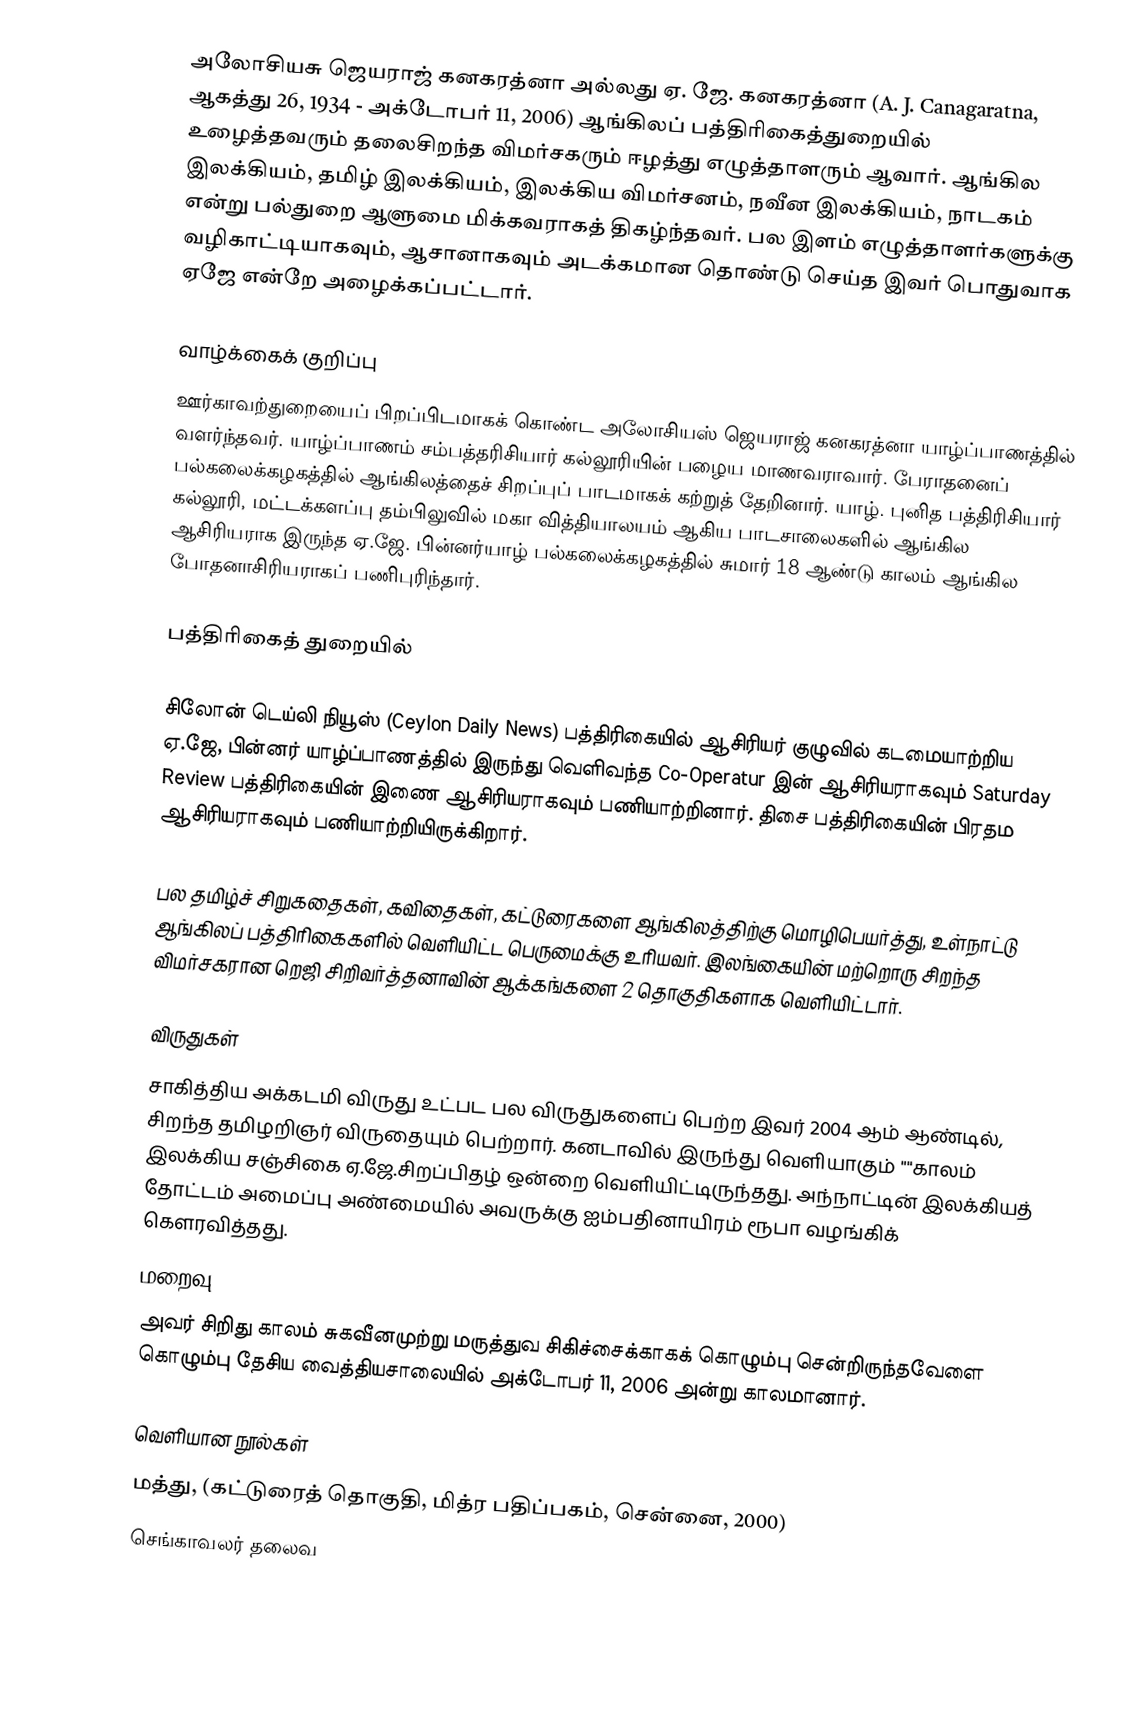
அலோசியசு ஜெயராஜ் கனகரத்னா அல்லது ஏ. ஜே. கனகரத்னா (A. J. Canagaratna, ஆகத்து 26, 1934 - அக்டோபர் 11, 2006) ஆங்கிலப் பத்திரிகைத்துறையில் உழைத்தவரும் தலைசிறந்த விமர்சகரும் ஈழத்து எழுத்தாளரும் ஆவார். ஆங்கில இலக்கியம், தமிழ் இலக்கியம், இலக்கிய விமர்சனம், நவீன இலக்கியம், நாடகம் என்று பல்துறை ஆளுமை மிக்கவராகத் திகழ்ந்தவர். பல இளம் எழுத்தாளர்களுக்கு வழிகாட்டியாகவும், ஆசானாகவும் அடக்கமான தொண்டு செய்த இவர் பொதுவாக ஏஜே என்றே அழைக்கப்பட்டார்.

வாழ்க்கைக் குறிப்பு
ஊர்காவற்துறையைப் பிறப்பிடமாகக் கொண்ட அலோசியஸ் ஜெயராஜ் கனகரத்னா யாழ்ப்பாணத்தில் வளர்ந்தவர். யாழ்ப்பாணம் சம்பத்தரிசியார் கல்லூரியின் பழைய மாணவராவார். பேராதனைப் பல்கலைக்கழகத்தில் ஆங்கிலத்தைச் சிறப்புப் பாடமாகக் கற்றுத் தேறினார். யாழ். புனித பத்திரிசியார் கல்லூரி, மட்டக்களப்பு தம்பிலுவில் மகா வித்தியாலயம் ஆகிய பாடசாலைகளில் ஆங்கில ஆசிரியராக இருந்த ஏ.ஜே. பின்னர்யாழ் பல்கலைக்கழகத்தில் சுமார் 18 ஆண்டு காலம் ஆங்கில போதனாசிரியராகப் பணிபுரிந்தார்.

பத்திரிகைத் துறையில்

சிலோன் டெய்லி நியூஸ் (Ceylon Daily News) பத்திரிகையில் ஆசிரியர் குழுவில் கடமையாற்றிய ஏ.ஜே, பின்னர் யாழ்ப்பாணத்தில் இருந்து வெளிவந்த Co-Operatur இன் ஆசிரியராகவும் Saturday Review பத்திரிகையின் இணை ஆசிரியராகவும் பணியாற்றினார். திசை பத்திரிகையின் பிரதம ஆசிரியராகவும் பணியாற்றியிருக்கிறார்.

பல தமிழ்ச் சிறுகதைகள், கவிதைகள், கட்டுரைகளை ஆங்கிலத்திற்கு மொழிபெயர்த்து, உள்நாட்டு ஆங்கிலப் பத்திரிகைகளில் வெளியிட்ட பெருமைக்கு உரியவர். இலங்கையின் மற்றொரு சிறந்த விமர்சகரான றெஜி சிறிவர்த்தனாவின் ஆக்கங்களை 2 தொகுதிகளாக வெளியிட்டார்.

விருதுகள்
சாகித்திய அக்கடமி விருது உட்பட பல விருதுகளைப் பெற்ற இவர் 2004 ஆம் ஆண்டில், சிறந்த தமிழறிஞர் விருதையும் பெற்றார். கனடாவில் இருந்து வெளியாகும் ""காலம் இலக்கிய சஞ்சிகை ஏ.ஜே.சிறப்பிதழ் ஒன்றை வெளியிட்டிருந்தது. அந்நாட்டின் இலக்கியத் தோட்டம் அமைப்பு அண்மையில் அவருக்கு ஐம்பதினாயிரம் ரூபா வழங்கிக் கௌரவித்தது.
மறைவு
அவர் சிறிது காலம் சுகவீனமுற்று மருத்துவ சிகிச்சைக்காகக் கொழும்பு சென்றிருந்தவேளை கொழும்பு தேசிய வைத்தியசாலையில் அக்டோபர் 11, 2006 அன்று காலமானார்.

வெளியான நூல்கள்
 மத்து, (கட்டுரைத் தொகுதி, மித்ர பதிப்பகம், சென்னை, 2000)
 செங்காவலர் தலைவ